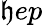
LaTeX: \mathfrak{h}ep